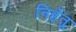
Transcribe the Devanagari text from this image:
निर्हेतु